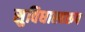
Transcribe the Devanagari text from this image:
सुविधास्वरूप